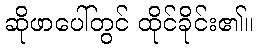
ဆိုဖာပေါ်တွင် ထိုင်ခိုင်း၏။